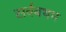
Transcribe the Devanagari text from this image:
सर्वबथम